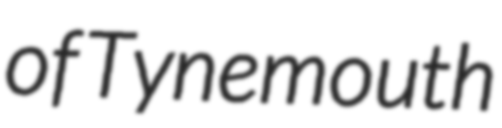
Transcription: of Tynemouth